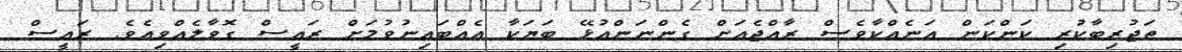
ތަޖުރިބާކުރި ކަންކަން އަނެއްކާވެސް ރާއްޖެއަށް ގެންނަންއުޅޭ ބަޔަކާ އެއްބައިނުވުމަށް ރައީސް ގޮވާލެއްވިއެވެ. ރައީސް